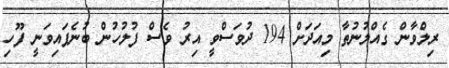
ރިލްވާން ގެއްލުނުތާ މިއަދަށް 194 ދުވަސްވީ އިރު ވެސް ފުލުހުން ބުނެފައިވަނީ ފޫހި